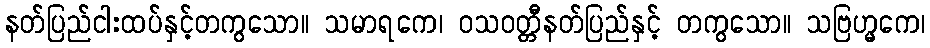
နတ်ပြည်ငါးထပ်နှင့်တကွသော။ သမာရကေ၊ ဝသဝတ္တီနတ်ပြည်နှင့် တကွသော။ သဗြဟ္မကေ၊